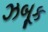
ઝબૂક